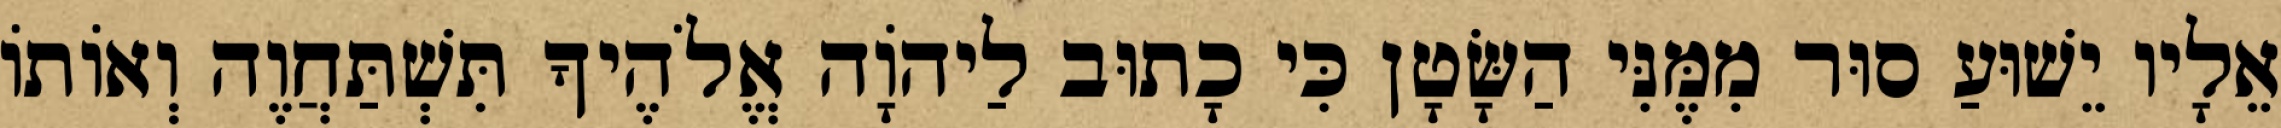
אֵלָיו יֵשׁוּעַ סוּר מִמֶּנִּי הַשָּׂטָן כִּי כָתוּב לַיהוָֹה אֱלֹהֶיךָ תִּשְׁתַּחֲוֶה וְאוֹתוֹ